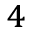
^ 4